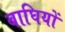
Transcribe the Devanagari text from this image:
बाघियों